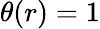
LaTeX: \theta(r)=1